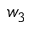
w _ { 3 }